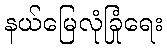
နယ်မြေလုံခြုံရေး